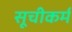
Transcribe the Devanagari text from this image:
सूचीकर्म